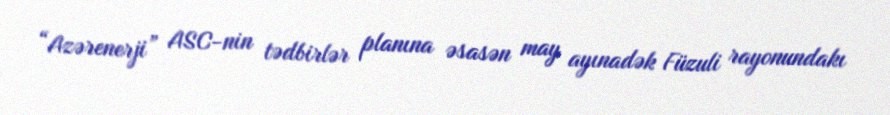
“Azərenerji” ASC-nin tədbirlər planına əsasən may ayınadək Füzuli rayonundakı